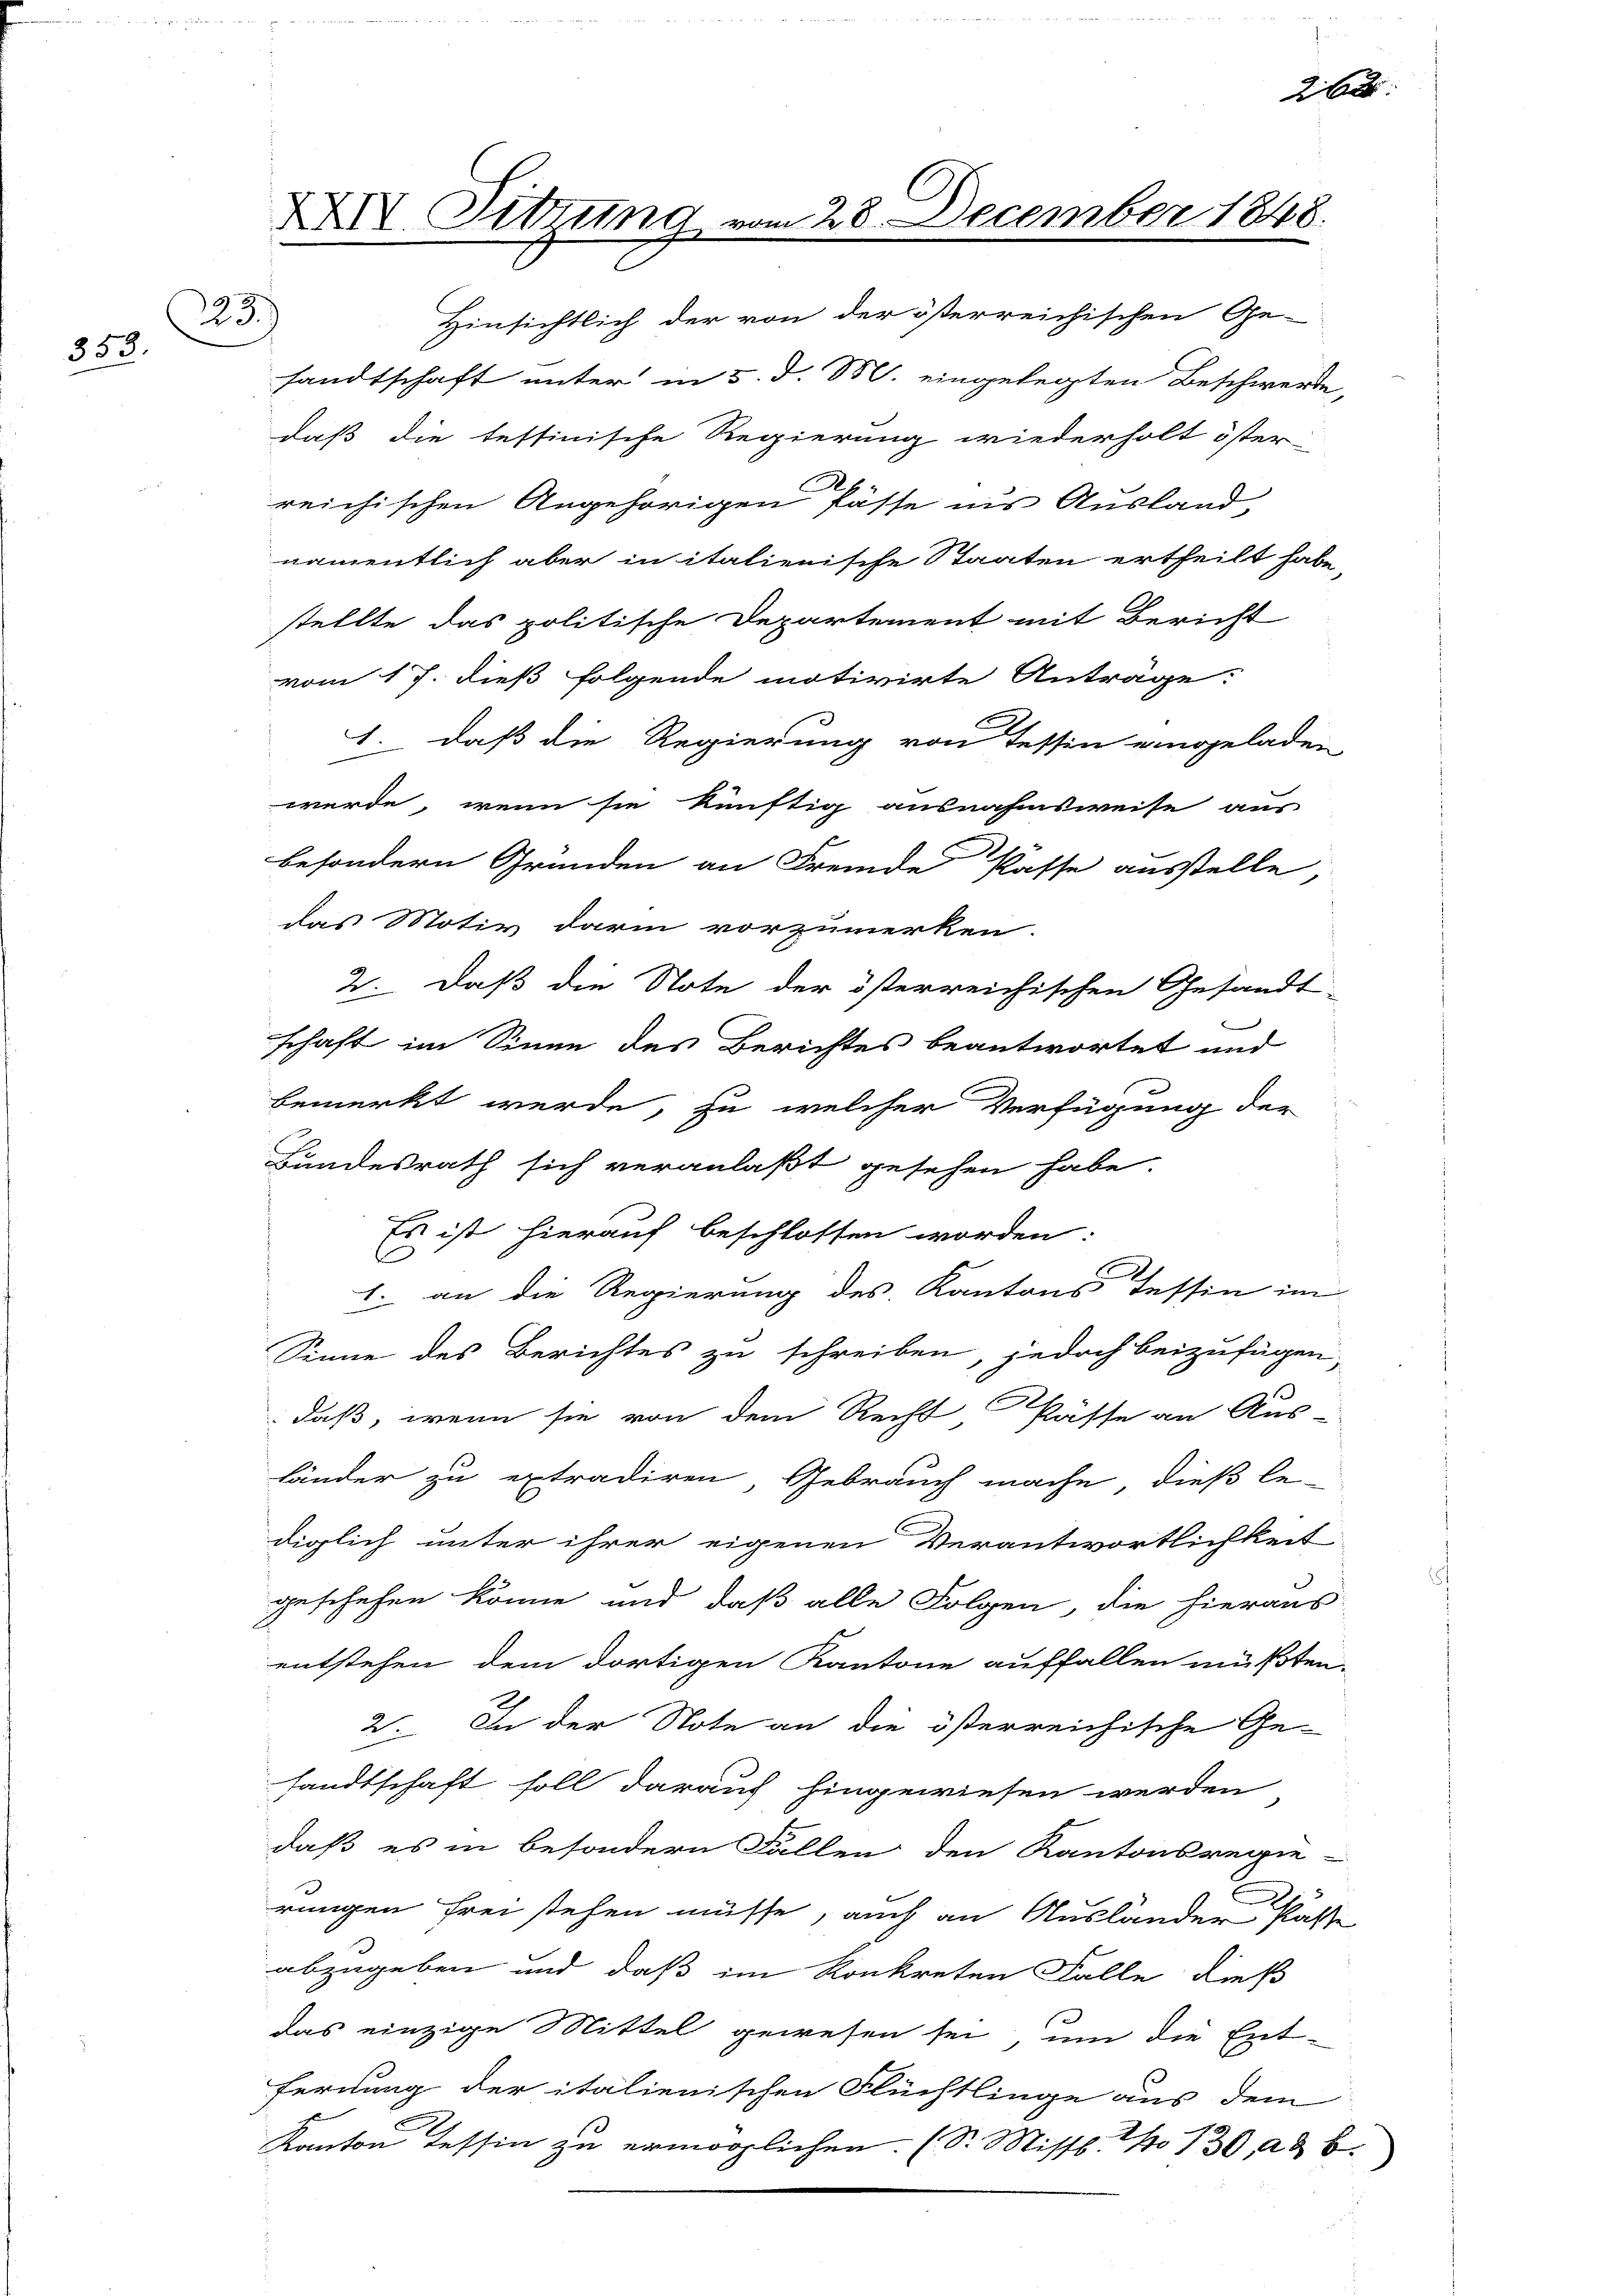
223
353.

XXIV. Sitzung vom 28. December 1848.

Hinsichtlich der von der österreichischen Ge-
sandtschaft unter in 5. d. M. eingelegten Beschwerde,
daß die testinische Regierung wiederholt öster
reichischen Angehörigen Pässe in’s Ausland,
namentlich aber in italienische Staaten ertheilt habe,
stellte das politische Departement mit Bericht
vom 17. dieß folgende motivirte Anträge:
1. daß die Regierung von Tessin eingeladen
werde, wenn sie künftig ausnahmsweise aus
besondern Gründen an Fremde Kasse ausstelle
das Motiv darin vorzumerken.
2. daß die Note der österreichischen Gesandt-
schaft im Sinne des Berichtes beantwortet und
bemerkt werde, zu welcher Verfügung der
Bundesrath sich veranlaßt gesehen habe.
Es ist hierauf beschlossen worden:
E
1. an die Regierung des Kantons Tessin im
Sinne des Berichtes zu schreiben, jedoch beizufügen,
daß, wenn sie von dem Recht, Pässe an Aus-
Länder zu extradiren, Gebrauch mache, dieß le-
diglich unter ihrer eigenen Verantwortlichkeit
geschehen könne und daß alle Folgen, die hieraus
entstehen dem dortigen Kantone auffallen müßten.
2. In der Note an die österreichische Gesandtschaft soll darauf hingewiesen werden
daß es in besondern Fällen den Kantonsregie-
rungen frei stehen müsse, auch an Ausländer Paste
abzugeben und daß im Konkreten Falle dieß
das einzige Mittel gewesen sei, um die Ent-
fernung der italienischen Flüchtlinge aus dem
Kanton Tessin zu ermöglichen. (S. Missb. No 130, ad b.

262